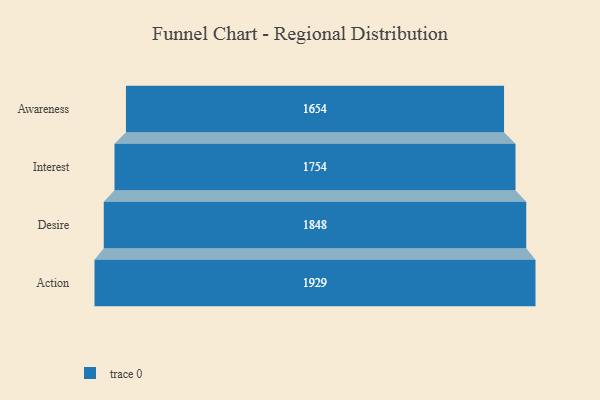
{"axis": {"x": "Stage", "y": "Value"}, "legend": [""], "data": [{"x": "Awareness", "y": 1654.0, "type": ""}, {"x": "Interest", "y": 1754.0, "type": ""}, {"x": "Desire", "y": 1848.0, "type": ""}, {"x": "Action", "y": 1929.0, "type": ""}]}